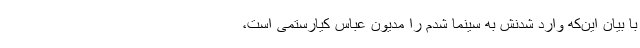
با بیان این‌که وارد شدنش به سینما شدم را مدیون عباس کیارستمی است،